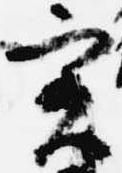
実